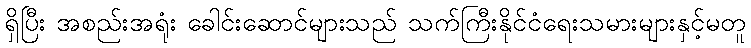
ရှိပြီး အစည်းအရုံး ခေါင်းဆောင်များသည် သက်ကြီးနိုင်ငံရေးသမားများနှင့်မတူ